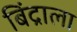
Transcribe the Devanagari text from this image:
बिंद्राला